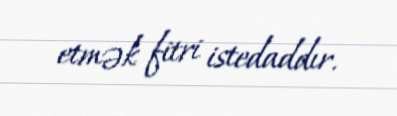
etmək fitri istedaddır.